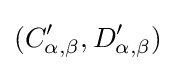
(C'_{\alpha ,\beta },D'_{\alpha ,\beta })